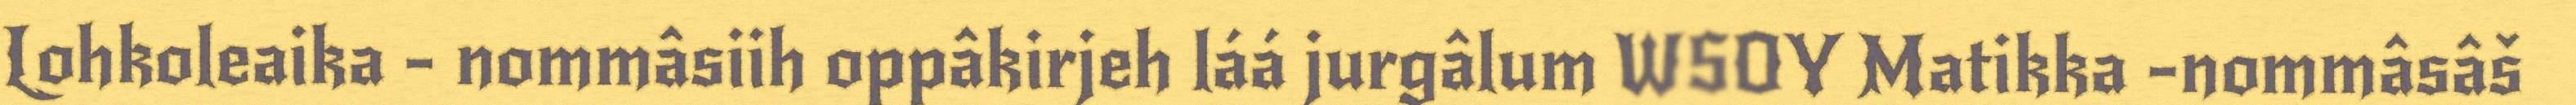
Lohkoleaika - nommâsiih oppâkirjeh láá jurgâlum WSOY Matikka -nommâsâš